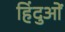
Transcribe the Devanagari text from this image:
हिंदुआें